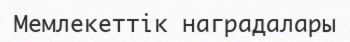
Мемлекеттік наградалары